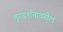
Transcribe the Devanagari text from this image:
दूरदर्शनावरील